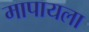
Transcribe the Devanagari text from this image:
मापायला